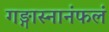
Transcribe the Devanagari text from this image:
गङ्गास्नानंफलं